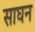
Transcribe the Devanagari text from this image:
साघन